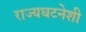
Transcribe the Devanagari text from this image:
राज्यघटनेशी